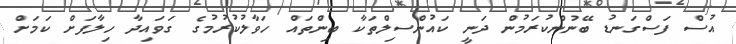
އުސް ފަސްގަނޑު ބޭނުންކުރަމުން ދަނީ ކައުންސިލްތަކާ ބިންތައް ހަވާލުކުރުމުގެ ގަވައިދާ ހިލާފަށް ކަމަށް